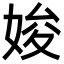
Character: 㛖